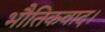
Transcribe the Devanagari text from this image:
भौतिकवाद।